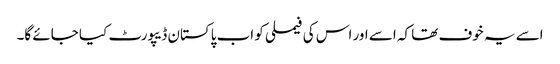
اسے یہ خوف تھا کہ اسے اور اس کی فیملی کو اب پاکستان ڈیپورٹ کیا جائے گا۔